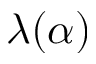
\lambda ( \alpha )